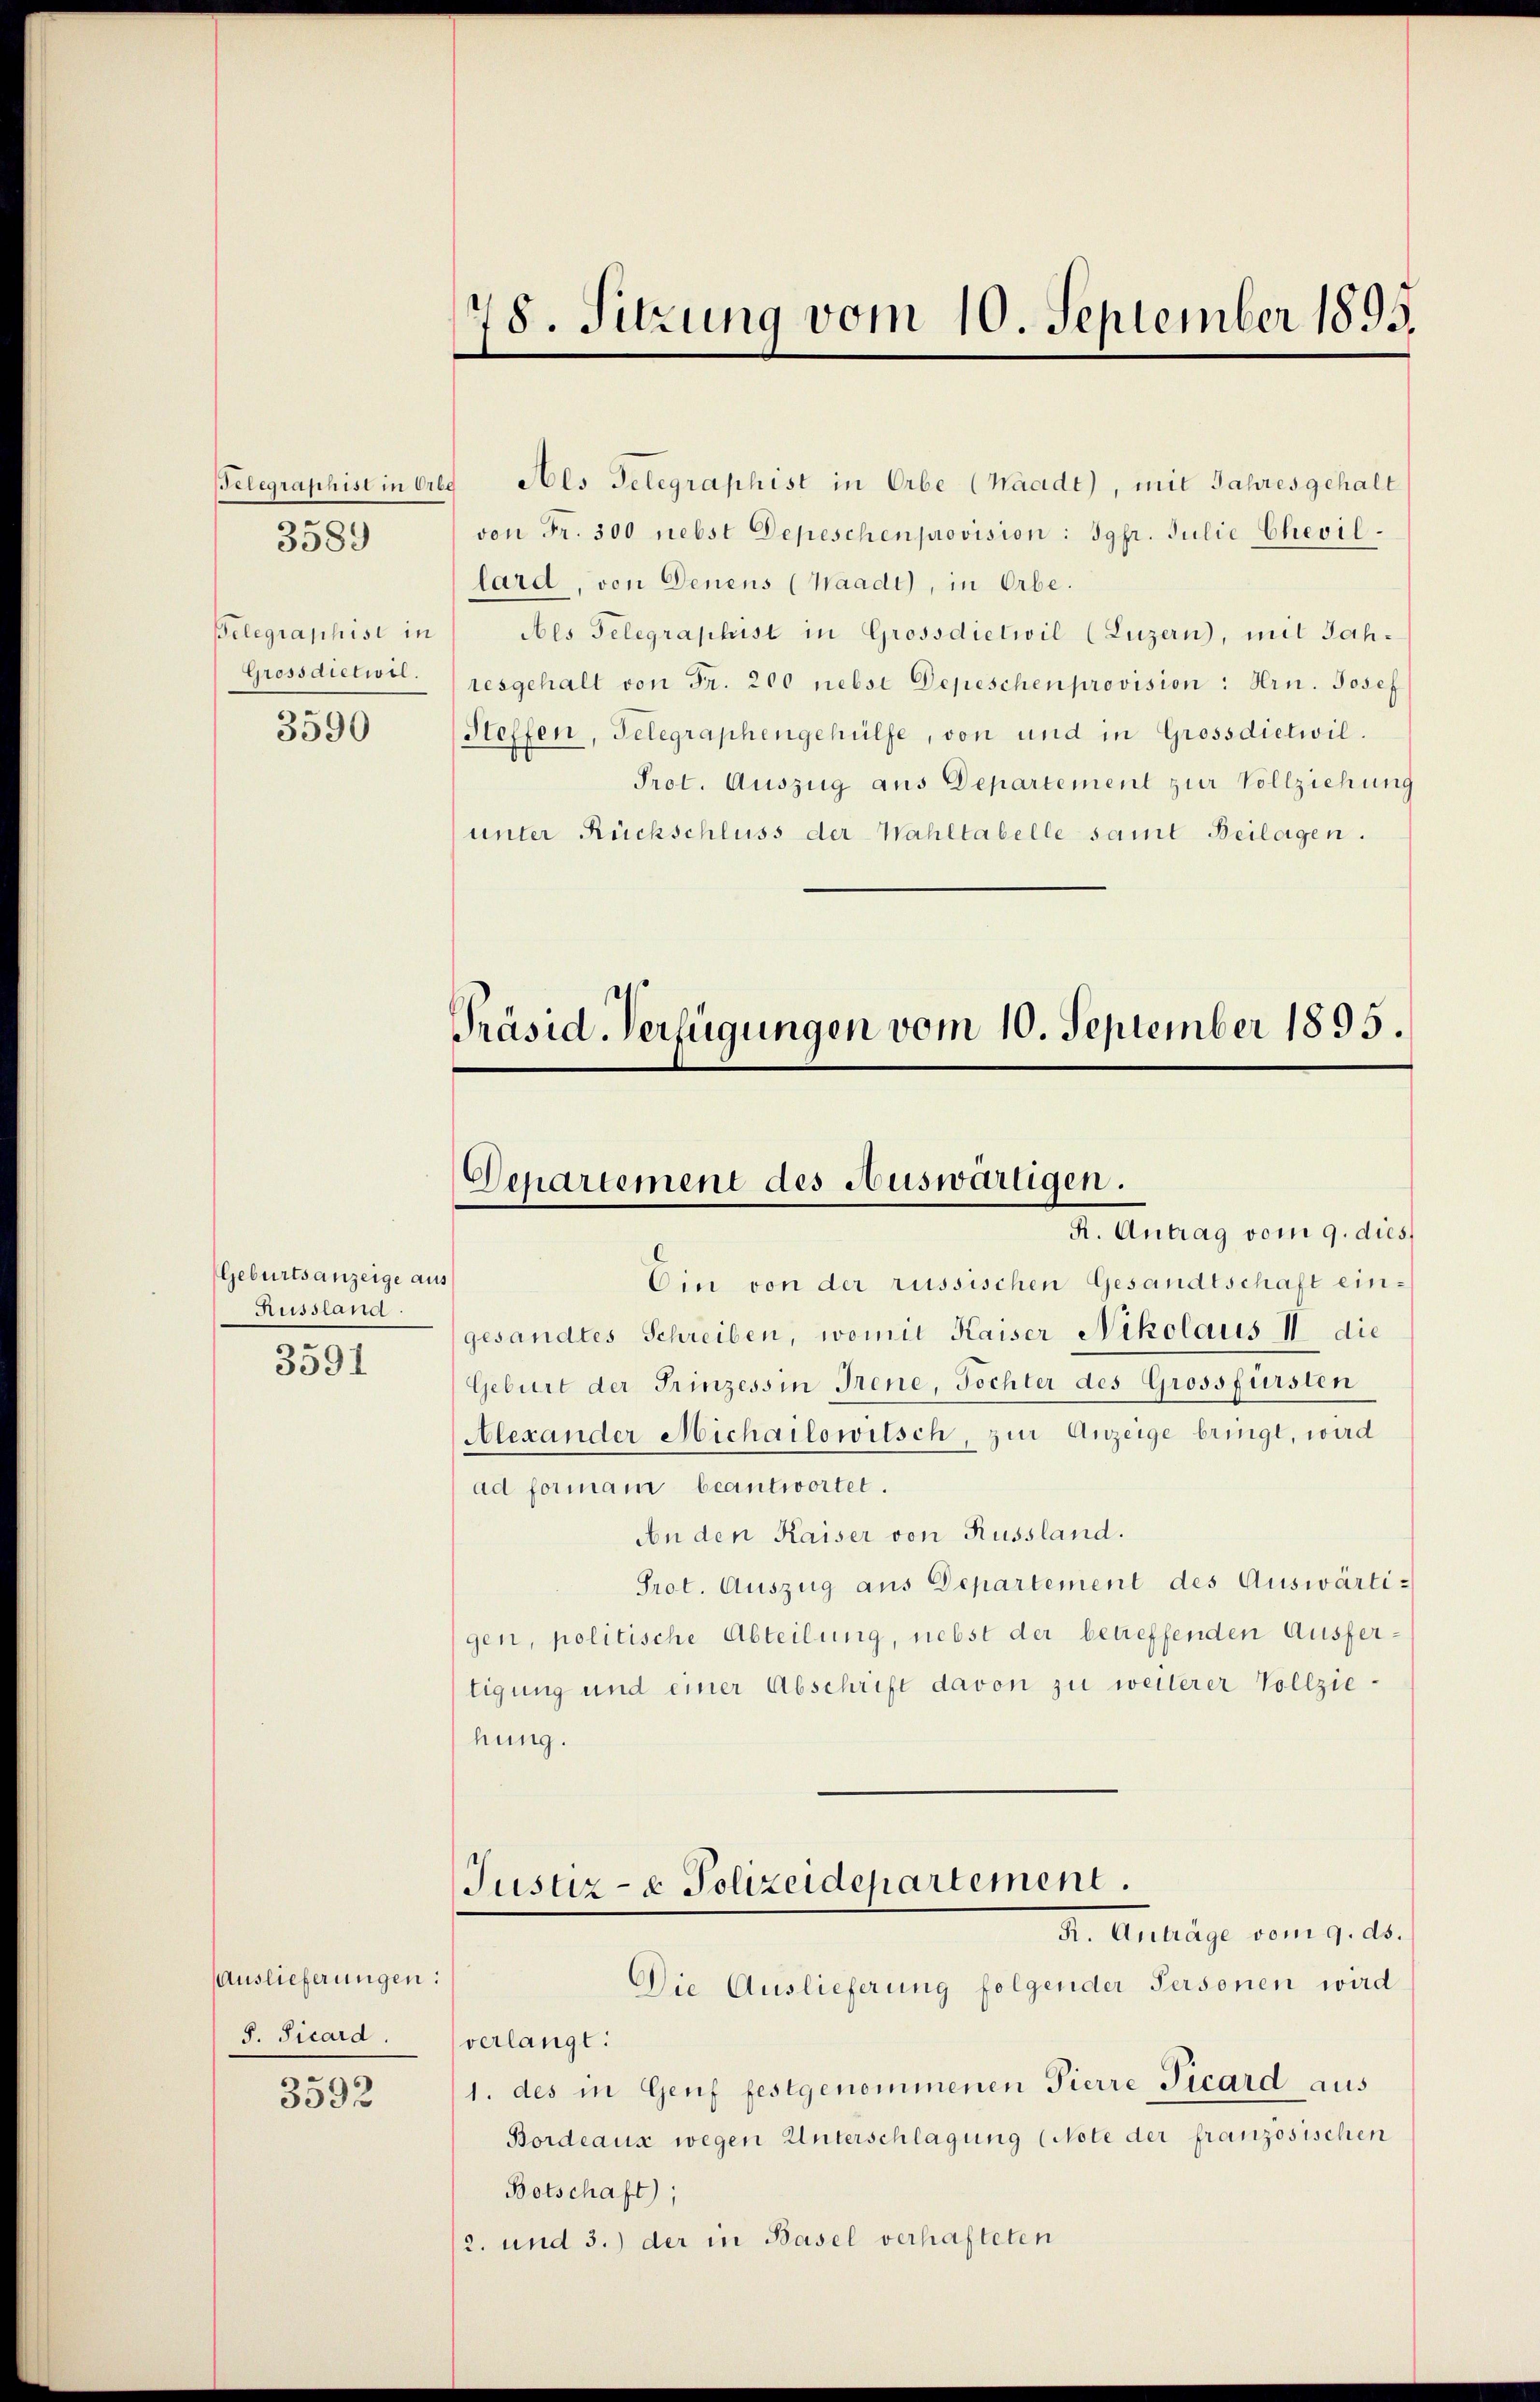
Telegraphist in Erbe
Grossaietwil.

3589

3590

Geburtsanzeige aus
Aussland.
3591

Auslieferungen:
S. Picard

3592

78. Sitzung vom 10. September 1895.

Als Telegraphist in Erbe (Waadt), mit Jahres gehalt
von Fr. 300 nebst Depeschen provision: Jgfr. Julie Chevil.
lard, von Denens (Waadt, in Erbe.
Telegraphist in Als Telegraphist in Grossdietwil (Luzern, mit Jahresgehalt von Fr. 200 nebst Depeschen provision: Hrn. Josef
Steffen, Telegraphengehülfe, von und in Grossdietwil.
Prot. Auszug aus Departement zur Vollziehung
unter Rückschluss der Wahltabelle samt Beilagen.

Präsid. Verfügungen vom 10. September 1895.
Departement des Auswärtigen.
R. Antrag vom 9. dies

Ein von der russischen Gesandtschaft eingesandtes Schreiben, womit Kaiser Nikolaus II die
Geburt der Prinzessin Irene, Tochter des Grossfürsten
Alexander Michailowitsch, zur Anzeige bringt, wird
ad formani beantwortet.
An den Kaiser von Russland.
Prot. Auszug aus Departement des Auswärtigen, politische Abteilung, nebst der betreffenden Ausfertigung und einer Abschrift davon zu weiterer Vollziehung.
Justiz- & Polizeidepartement.
A. Anträge vom 9. ds.
Die Auslieferung folgender Personen wird
verlangt:
1. des in Genf festgenommenen Pierre Picard aus
Bordeaus wegen Unterschlagung (Note der französischen
Betschaft);
2. und 3.) der in Basel verhafteten